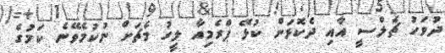
ދުވަހު ޗެލްސީ އާއި ދެކޮޅަށް ކުޅޭ ޕްރެމިއާ ލީގު މެޗަށް ނުކުމެވޭނެ ކަމުގެ